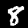
Digit: 8